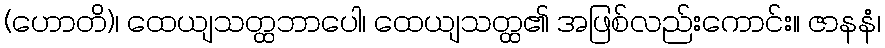
(ဟောတိ)၊ ထေယျသတ္ထဘာပေါ၊ ထေယျသတ္ထ၏ အဖြစ်လည်းကောင်း။ ဇာနနံ၊